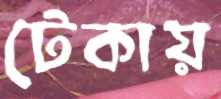
টেকায়